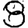
Digit: 8